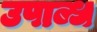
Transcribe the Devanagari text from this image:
उपाब्ध